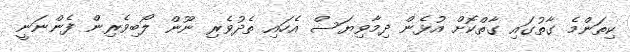
ކިތަންމެ ގާތުގައި ގާތްކޮށް އުޅެން ދިމާވިޔަސް އެހައި ތެދުވެރި ނޫން ލޯބިވެރިން ފެންނަނީ